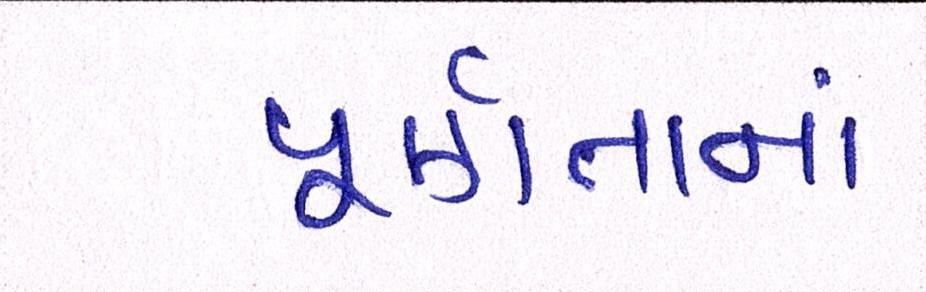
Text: પૂર્ણતાનાં